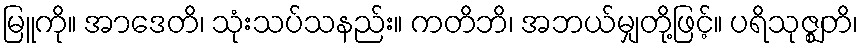
မြူကို။ အာဒေတိ၊ သုံးသပ်သနည်း။ ကတိဘိ၊ အဘယ်မျှတို့ဖြင့်။ ပရိသုဇ္ဈတိ၊